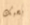
بحبك